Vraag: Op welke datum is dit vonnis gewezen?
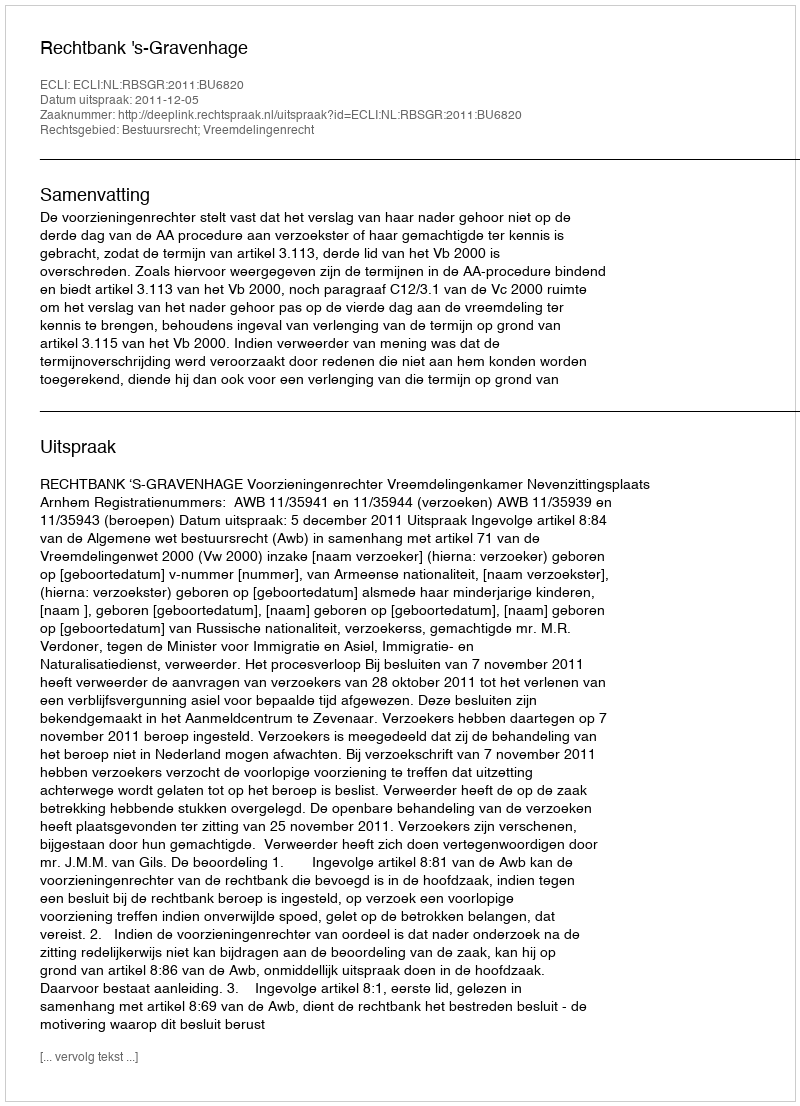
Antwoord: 2011-12-05